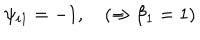
\psi _ { i 1 } = - 1 , \quad ( \Rightarrow \beta _ { 1 } = 1 )